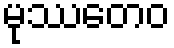
မုဿတေဝ